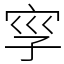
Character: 𡥜